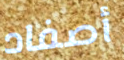
أصفاد